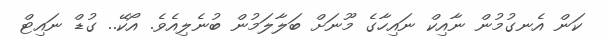
ކަން އެނގުމުން ނާއިކް ނައިހާގެ މޫނަށް ބަލާލަމުން ބުނެލިއެވެ. އޯކޭ.. ގުޑް ނައިޓް